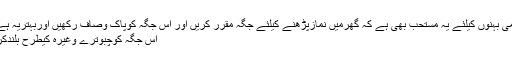
اسلامی بَہنوں کیلئے یہ مُستحَب بھی ہے کہ گھرمیں نَمازپڑھنے کیلئے جگہ مقرَّر کریں اور اُس جگہ کوپاک وصاف رکھیں اوربہتریہ ہے کہ
اُس جگہ کوچبوترے وغیرہ کیطرح بُلندکرلیں۔